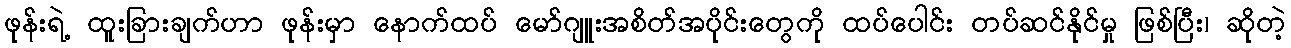
ဖုန်းရဲ့ ထူးခြားချက်ဟာ ဖုန်းမှာ နောက်ထပ် မော်ဂျူးအစိတ်အပိုင်းတွေကို ထပ်ပေါင်း တပ်ဆင်နိုင်မှု ဖြစ်ပြီး၊ ဆိုတဲ့